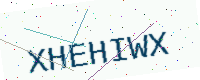
Text: XHEHIWX